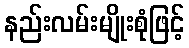
နည်းလမ်းမျိုးစုံဖြင့်